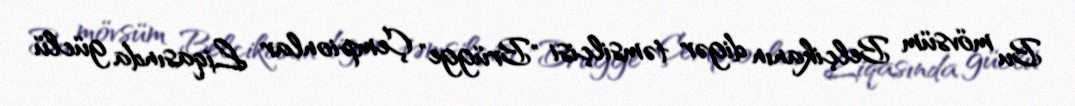
Bu mövsüm Belçikanın digər təmsilçisi "Brügge" Çempionlar Liqasında güclü